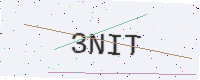
Text: 3NIT